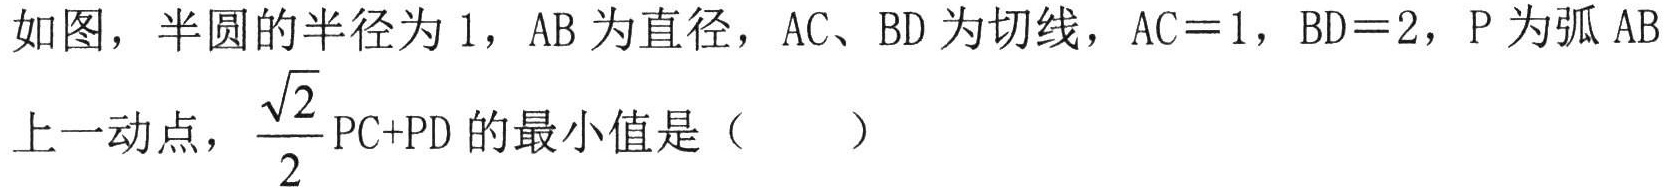
如图，半圆的半径为1，AB为直径，AC、BD为切线，AC = 1，BD = 2，P为弧AB上一动点，\(\frac{\sqrt{2}}{2}PC + PD\)的最小值是（  ）